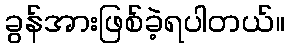
ခွန်အားဖြစ်ခဲ့ရပါတယ်။